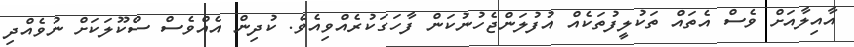
އާއިލާއަށް ވެސް އެތައް ތަކުލީފުތަކެއް އުފުލަންޖެހުނުކަން ފާހަގަކުރެއްވިއެވެ. ކުދިން އެއްވެސް ސްކޫލަކަށް ނުވެއްދި